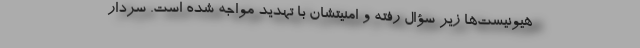
هیونیست‌ها زیر سؤال رفته و امنیتشان با تهدید مواجه شده است. سردار